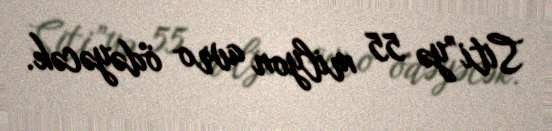
Siti”yə 55 milyon avro ödəyəcək.